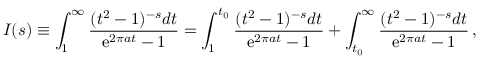
I ( s ) \equiv \int _ { 1 } ^ { \infty } { \frac { ( t ^ { 2 } - 1 ) ^ { - s } d t } { \mathrm { e } ^ { 2 \pi a t } - 1 } } = \int _ { 1 } ^ { t _ { 0 } } { \frac { ( t ^ { 2 } - 1 ) ^ { - s } d t } { \mathrm { e } ^ { 2 \pi a t } - 1 } } + \int _ { t _ { 0 } } ^ { \infty } { \frac { ( t ^ { 2 } - 1 ) ^ { - s } d t } { \mathrm { e } ^ { 2 \pi a t } - 1 } } \, ,